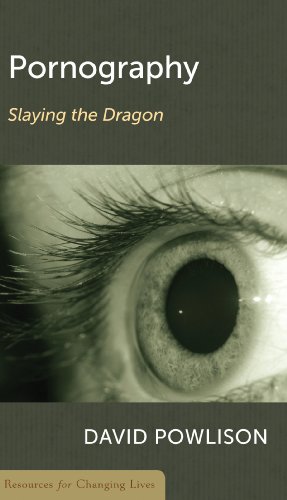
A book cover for Pornography: Slaying the Dragon (Resources for Changing Lives); David Powlison; Politics & Social Sciences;